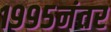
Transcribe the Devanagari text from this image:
१९९५नंतर